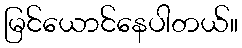
မြင်ယောင်နေပါတယ်။